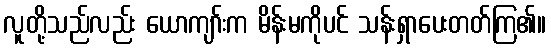
လူတို့သည်လည်း ယောကျာ်းက မိန်းမကိုပင် သန်းရှာပေးတတ်ကြ၏။